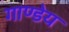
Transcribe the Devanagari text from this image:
गाण्डेय